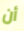
أن